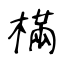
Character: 樠